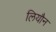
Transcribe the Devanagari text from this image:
लियौन